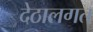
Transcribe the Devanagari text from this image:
देठालगत